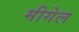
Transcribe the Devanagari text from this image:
मीगेल